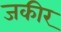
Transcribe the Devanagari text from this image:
जकीर